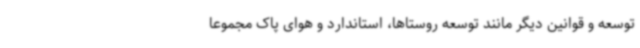
توسعه و قوانین دیگر مانند توسعه روستاها، استاندارد و هوای پاک مجموعا